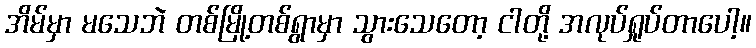
အိမ်မှာ မသေဘဲ တစ်မြို့တစ်ရွာမှာ သွားသေတော့ ငါတို့ အလုပ်ရှုပ်တာပေါ့။